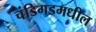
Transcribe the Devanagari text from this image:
चंडिगडमधील